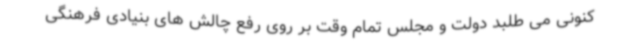
کنونی می طلبد دولت و مجلس تمام وقت بر روی رفع چالش های بنیادی فرهنگی